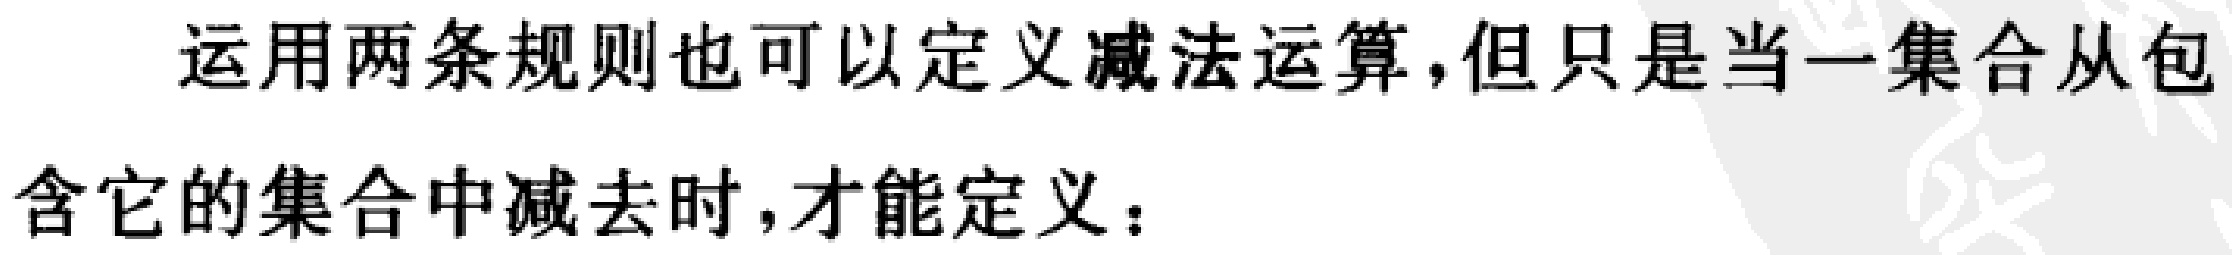
运用两条规则也可以定义减法运算,但只是当一集合从包含它的集合中减去时,才能定义：